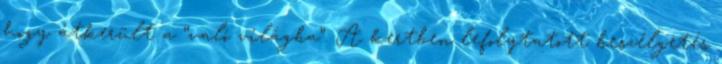
hogy átkerült a “való világba”. A kertben lefolytatott beszélgetés